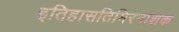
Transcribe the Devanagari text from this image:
इतिहासतिमिरनाशक